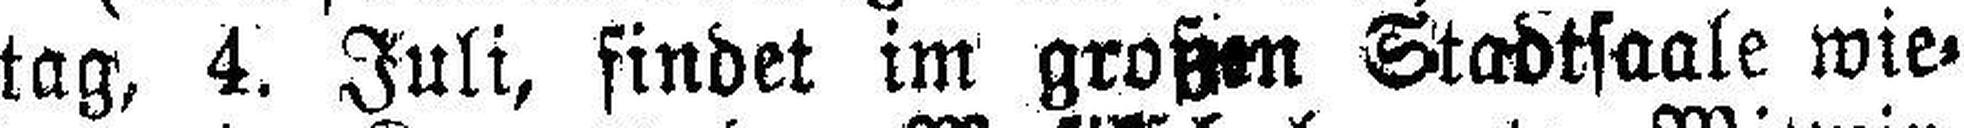
tag, 4. Juli, findet im großen Stadtsaale wie¬